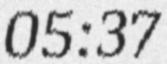
05:37